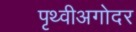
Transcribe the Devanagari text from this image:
पृथ्वीअगोदर